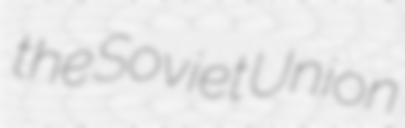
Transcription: the Soviet Union